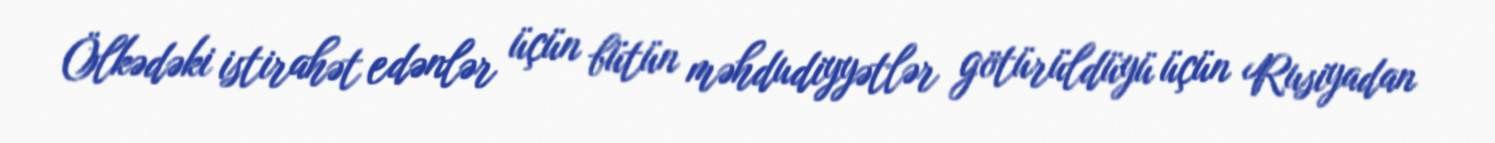
Ölkədəki istirahət edənlər üçün bütün məhdudiyyətlər götürüldüyü üçün Rusiyadan